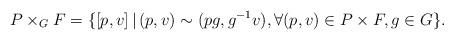
LaTeX: \begin{align*}P\times_G F=\{[p,v]\,|\,(p,v)\sim (pg,g^{-1}v),\forall (p,v)\in P\times F, g\in G\}.\end{align*}